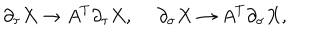
\partial _ { \tau } X \to A ^ { T } \partial _ { \tau } X , \ \partial _ { \sigma } X \to A ^ { T } \partial _ { \sigma } X ,